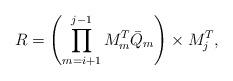
LaTeX: \begin{align*} R = \left(\prod_{m=i+1}^{j-1} M_m^T \bar{Q}_m\right) \times M_j^T,\end{align*}